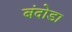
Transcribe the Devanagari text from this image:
बंदोडा